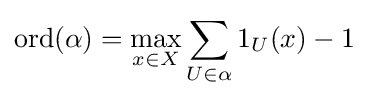
\operatorname {ord} (\alpha )=\max _{x\in X}\sum _{U\in \alpha }1_{U}(x)-1